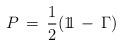
LaTeX: \begin{align*}P \, = \, \frac{1}{2} ( 1 \! \! 1 \, - \, \Gamma)\end{align*}